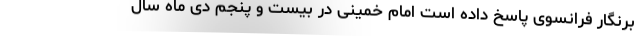
برنگار فرانسوی پاسخ داده است امام خمینی در بیست و پنجم دی ماه سال